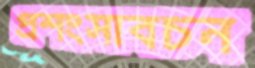
প্রশংসাবচন